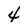
Character: 4